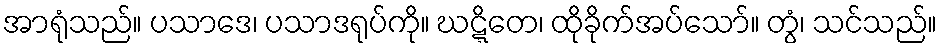
အာရုံသည်။ ပသာဒေ၊ ပသာဒရုပ်ကို။ ဃဋ္ဋိတေ၊ ထိုခိုက်အပ်သော်။ တွံ၊ သင်သည်။